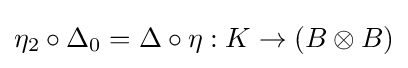
\eta _{2}\circ \Delta _{0}=\Delta \circ \eta :K\to (B\otimes B)